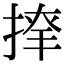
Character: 𢱂